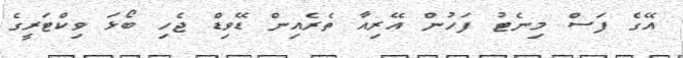
އޭގެ ފަސް މިނެޓު ފަހުން އޭރިއާ ތެރެއިން ޑޭވިޑް ޖެހި ބޯޅަ ވިކްޓަރީގެ